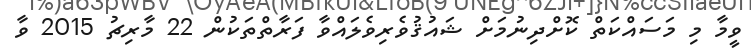
ވީމާ މި މަސައްކަތް ކޮށްދިނުމަށް ޝައުޤުވެރިވެލައްވާ ފަރާތްތަކުން 22 މާރިޗު 2015 ވާ